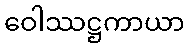
ဝေါဿဋ္ဌကာယာ